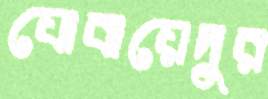
যোবায়েদুর